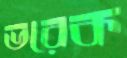
ভরেক